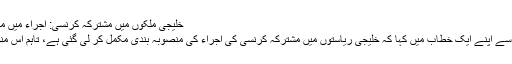
خلیجی ملکوں میں مشترکہ کرنسی: اجراء میں ممکنہ تاخیر | حالات حاضرہ | DW | 17.11.2009
کویتی وزیر خزانہ نے منگل کے روز ملکی پارلیمان سے اپنے ایک خطاب میں کہا کہ خلیجی ریاستوں میں مشترکہ کرنسی کی اجراء کی منصوبہ بندی مکمل کر لی گئی ہے، تاہم اس منصوبے پر عمل درآمد کے لئے ابھی وقت درکار ہوگا۔